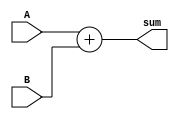
`timescale 1ns / 1ps
//////////////////////////////////////////////////////////////////////////////////
// 
// 
// Module Name: rca.v
// Project Name: Single Cycle RISC-V Processor
// Description: This is the Ripple Carry Adder Module, that is used for the shifting and incrementing of the PC.
// 
// Change History: 11/3/2022 - Implemented the module.
//////////////////////////////////////////////////////////////////////////////////


module rca(input[31:0]A,input[31:0] B, output[31:0] sum);


assign sum =A+B;



 
endmodule